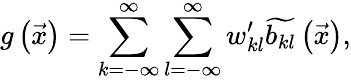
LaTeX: g\left(\vec{x}\right)=\sum_{k=-\infty}^{\infty}\sum_{l=-\infty}^{\infty}w_{kl}^{\prime}\widetilde{b_{kl}}\left(\vec{x}\right),